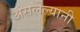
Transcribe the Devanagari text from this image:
असलेल्यानी